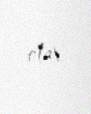
olar.